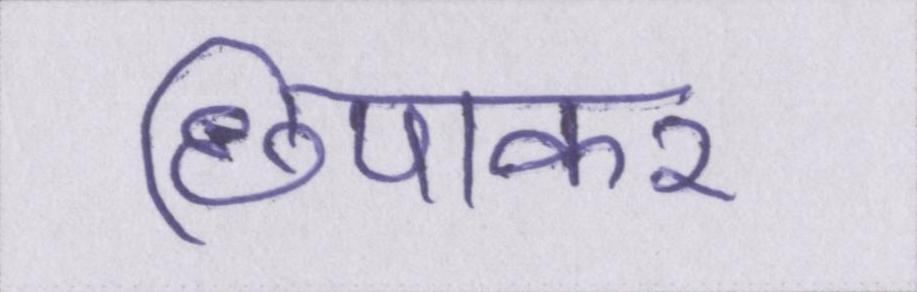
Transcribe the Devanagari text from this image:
छिपाकर